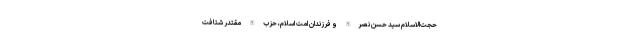
حجت‌الاسلام سید حسن نصرالله و فرزندان امت اسلام، حزب الله مقتدر شتافت